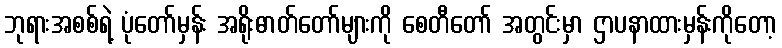
ဘုရားအစစ်ရဲ့ ပုံတော်မှန်း အရိုးဓာတ်တော်များကို စေတီတော် အတွင်းမှာ ဌာပနာထားမှန်းကိုတော့